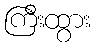
ကြီးထွား